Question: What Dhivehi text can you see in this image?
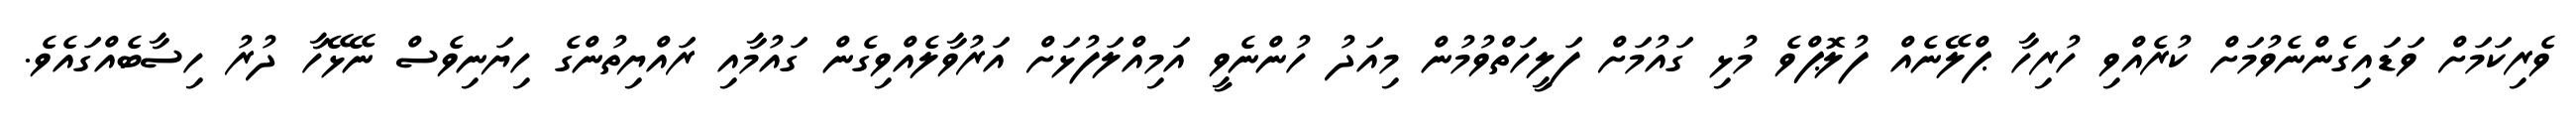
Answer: ވެރިކަމަށް ވަޑައިގެންނެވުމަށް ކުރެއްވި ހުރިހާ ޕްލޭނެއް ފުލޮޕްވެ މުޅި ގައުމަށް ފަލީހަތްވުމުން މިއަދު ހުންނެވީ އަމިއްލަފުޅަށް އަރުވާލެއްވިގެން ގައުމާއި ރައްޔިތުންގެ ހިޔަނިވެސް ނޭޅޭހާ ދުރު ހިސާބެއްގައެވެ.